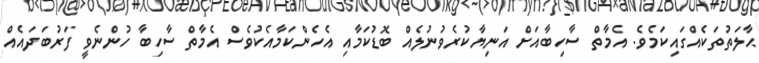
ޙާލަތުތަކެއްގައިކަމެވެ. އެމާތް ސާހިބާއަށް އަނިޔާކުރެވުނުލެއް ބޮޑުކަމާއި އެހެންކަމާއެކުވެސް އެމާތް ސާހިބާ ހުންނެވީ ފަރުބަދައެއް